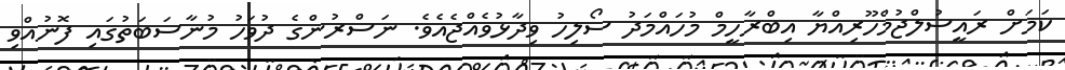
ކަމަށް ރައީސުލްޖުމްހޫރިއްޔާ އިބްރާހީމް މުހައްމަދު ސޯލިހު ވިދާޅުވެއްޖެއެވެ. ނަސްރުންގެ ދުވަހު މުނާސަބަތުގައި ފޮނުއްވި